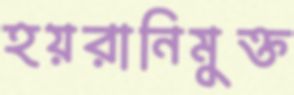
হয়রানিমুক্ত